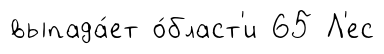
выпада́ет о́бласт'и 65 Л'ес